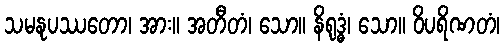
သမနုပဿတော၊ အား။ အတီတံ၊ သော။ နိရုဒ္ဓံ၊ သော။ ဝိပရိဏတံ၊